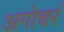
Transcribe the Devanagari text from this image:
अगोचरं